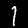
Digit: 1